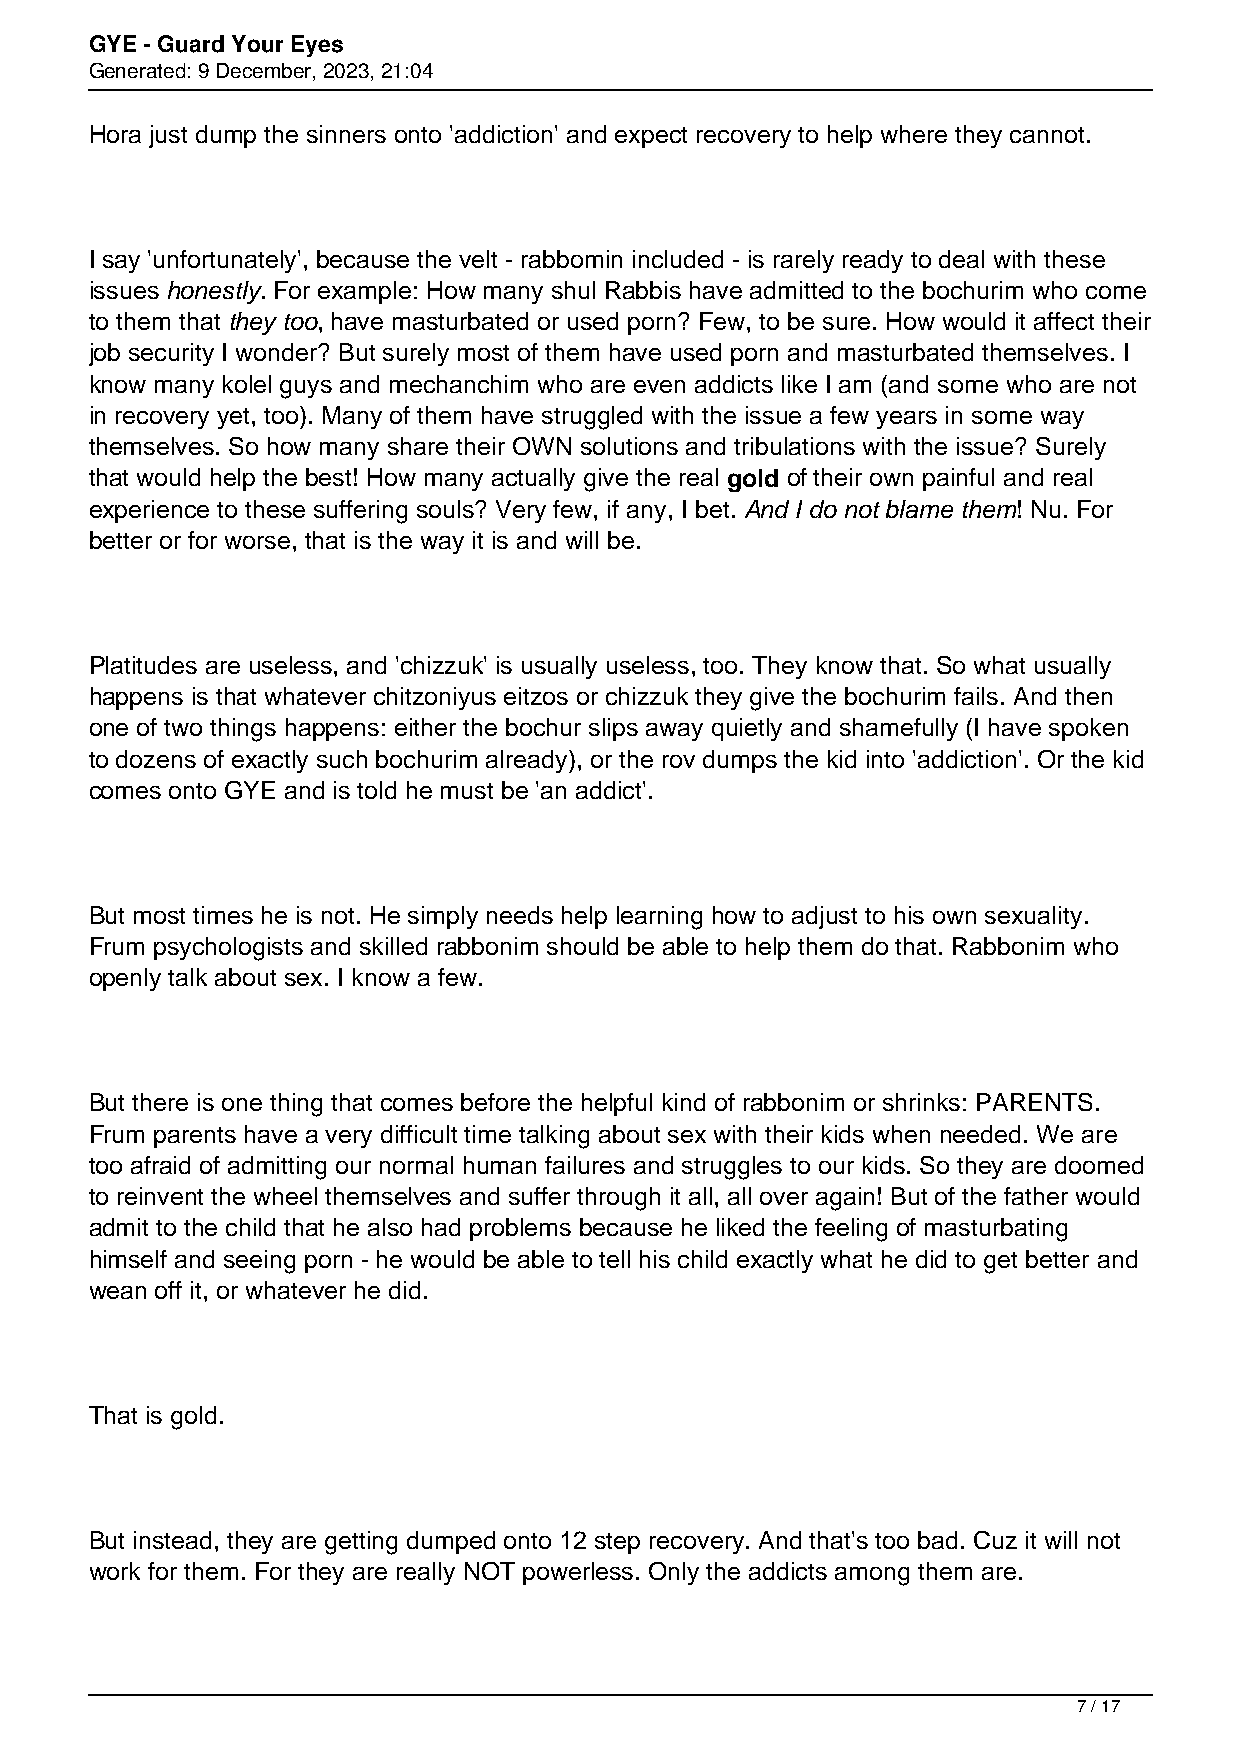
GYE - Guard Your Eyes
 Generated: 9 December, 2023, 21:04
 Hora just dump the sinners onto 'addiction' and expect recovery to help where they cannot.
 I say 'unfortunately', because the velt - rabbomin included - is rarely ready to deal with these
 issues honestly. For example: How many shul Rabbis have admitted to the bochurim who come
 to them that they too, have masturbated or used porn? Few, to be sure. How would it affect their
 job security I wonder? But surely most of them have used porn and masturbated themselves. I
 know many kolel guys and mechanchim who are even addicts like I am (and some who are not
 in recovery yet, too). Many of them have struggled with the issue a few years in some way
 themselves. So how many share their OWN solutions and tribulations with the issue? Surely
 that would help the best! How many actually give the real gold of their own painful and real
 experience to these suffering souls? Very few, if any, I bet. And I do not blame them! Nu. For
 better or for worse, that is the way it is and will be.
 Platitudes are useless, and 'chizzuk' is usually useless, too. They know that. So what usually
 happens is that whatever chitzoniyus eitzos or chizzuk they give the bochurim fails. And then
 one of two things happens: either the bochur slips away quietly and shamefully (I have spoken
 to dozens of exactly such bochurim already), or the rov dumps the kid into 'addiction'. Or the kid
 comes onto GYE and is told he must be 'an addict'.
 But most times he is not. He simply needs help learning how to adjust to his own sexuality.
 Frum psychologists and skilled rabbonim should be able to help them do that. Rabbonim who
 openly talk about sex. I know a few.
 But there is one thing that comes before the helpful kind of rabbonim or shrinks: PARENTS.
 Frum parents have a very difficult time talking about sex with their kids when needed. We are
 too afraid of admitting our normal human failures and struggles to our kids. So they are doomed
 to reinvent the wheel themselves and suffer through it all, all over again! But of the father would
 admit to the child that he also had problems because he liked the feeling of masturbating
 himself and seeing porn - he would be able to tell his child exactly what he did to get better and
 wean off it, or whatever he did.
 That is gold.
 But instead, they are getting dumped onto 12 step recovery. And that's too bad. Cuz it will not
 work for them. For they are really NOT powerless. Only the addicts among them are.
 7 / 17